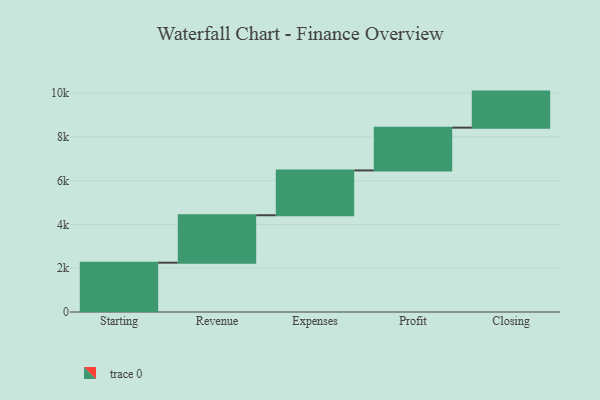
{"axis": {"x": "Step", "y": "Value"}, "legend": [""], "data": [{"x": "Starting", "y": 2254.0, "type": ""}, {"x": "Revenue", "y": 2168.0, "type": ""}, {"x": "Expenses", "y": 2050.0, "type": ""}, {"x": "Profit", "y": 1955.0, "type": ""}, {"x": "Closing", "y": 1648.0, "type": ""}]}